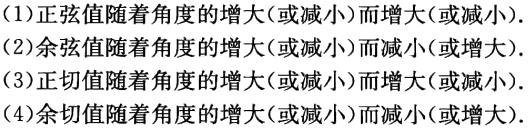
(1)正弦值随着角度的增大(或减小)而增大(或减小).

(2)余弦值随着角度的增大(或减小)而减小(或增大).

(3)正切值随着角度的增大(或减小)而增大(或减小).

(4)余切值随着角度的增大(或减小)而减小(或增大).